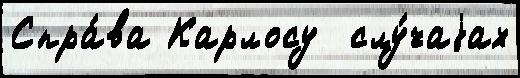
Спра́ва Карлосу  слу́чаjах